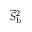
\vec { S } _ { \mathrm { b } } ^ { 2 }